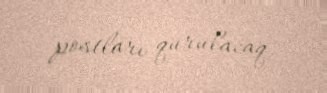
postları qurulacaq.